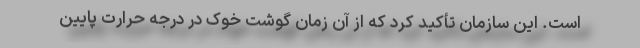
است. این سازمان تأکید کرد که از آن زمان گوشت خوک در درجه حرارت پایین